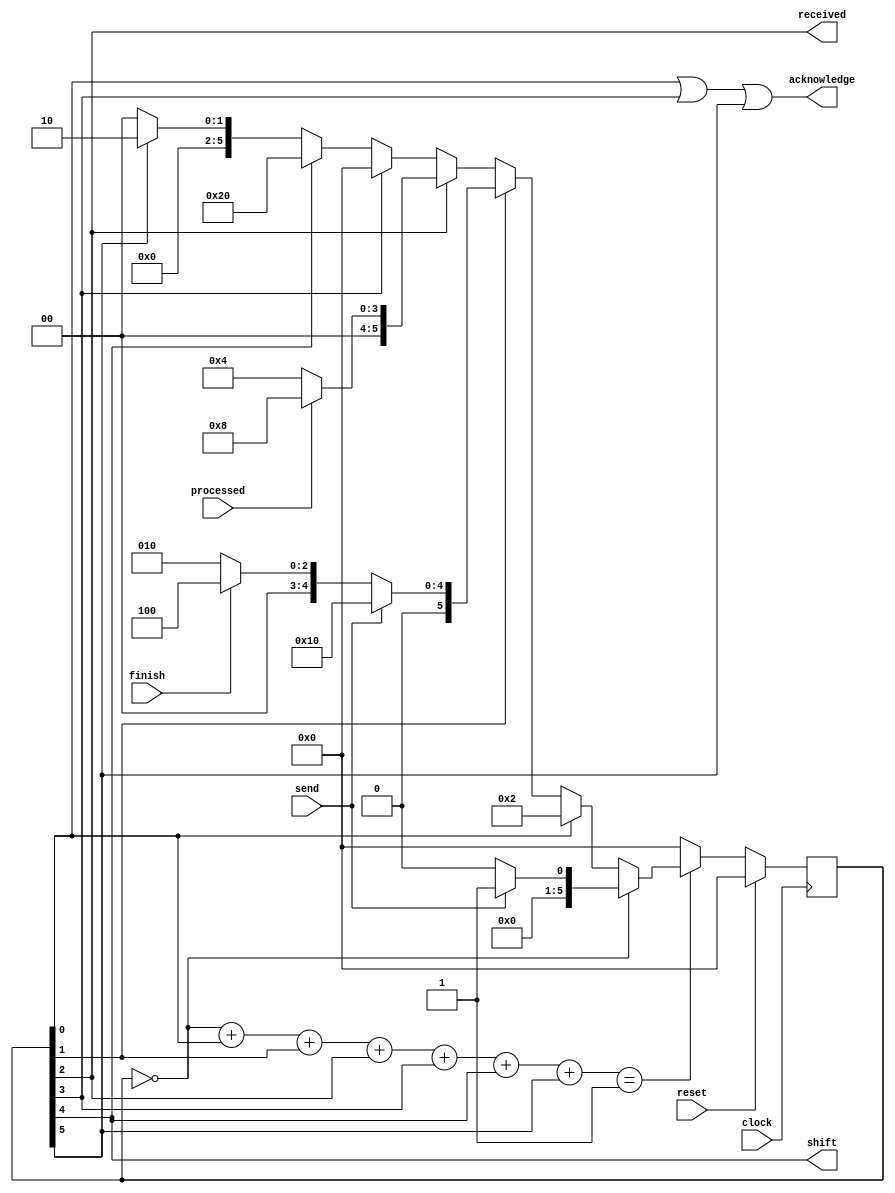
module fpga_receiver_state(
  // The wires here are redirected from fpga_receiver module
  output received,
  output acknowledge,
  output shift,
  input processed,
  input send,
  input finish,
  input clock,
  input reset
);

// The states, using one hot encoding
reg [5:0] state, next_state;
wire Idle, Start, Wait, Process, End, Receive, Next, Valid;
assign Idle = (state == 0);
assign Start = state[0];
assign Wait = state[1];
assign Process = state[2];
assign End = state[3];
assign Receive = state[4];
assign Next = state[5];
assign Valid = (Idle+Start+Wait+Process+End+Receive+Next == 1);

// State transitions as shown in ASM chart
always @(*) begin
  if (reset) begin
    next_state = 0;
  end
  else if (~Valid) begin
    next_state = 0;
  end
  else if (Idle) begin
    if (send) next_state = 1;
    else next_state = 0;
  end
  else if (Start) begin
    next_state = 2;
  end
  else if (Wait) begin
    if (send) next_state = 16;
    else if (finish) next_state = 4;
    else next_state = 2;
  end
  else if (Process) begin
    if (processed) next_state = 8;
    else next_state = 4;
  end
  else if (End) begin
    next_state = 0;
  end
  else if (Receive) begin
    next_state = 32;
  end
  else if (Next) begin
    next_state = 2;
  end
  else begin
    next_state = 0;
  end
end

always @(posedge clock)
  state = next_state;

// The logic for output signals as shown in ASM chart
assign received = Process;
assign acknowledge = Start | End | Next;
assign shift = Receive;

endmodule